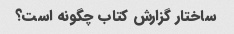
ساختار گزارش کتاب چگونه است؟